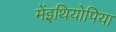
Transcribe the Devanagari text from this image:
मेंइथियोपिया